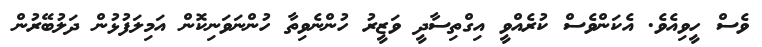
ވެސް ހީވިއެވެ. އެކަންވެސް ކުރެއްވީ އިގްތިސާދީ ވަޒީރު ހުންނެވިތާ ހުންނަވަނިކޮން އަމިލަފުޅުން ދަލުބޭރުން